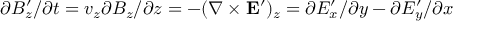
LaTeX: \partial B _ { z } ^ { \prime } / \partial t = v _ { z } \partial B _ { z } / \partial z = - ( \nabla \times \mathbf { E ^ { \prime } } ) _ { z } = \partial E _ { x } ^ { \prime } / \partial y - \partial E _ { y } ^ { \prime } / \partial x